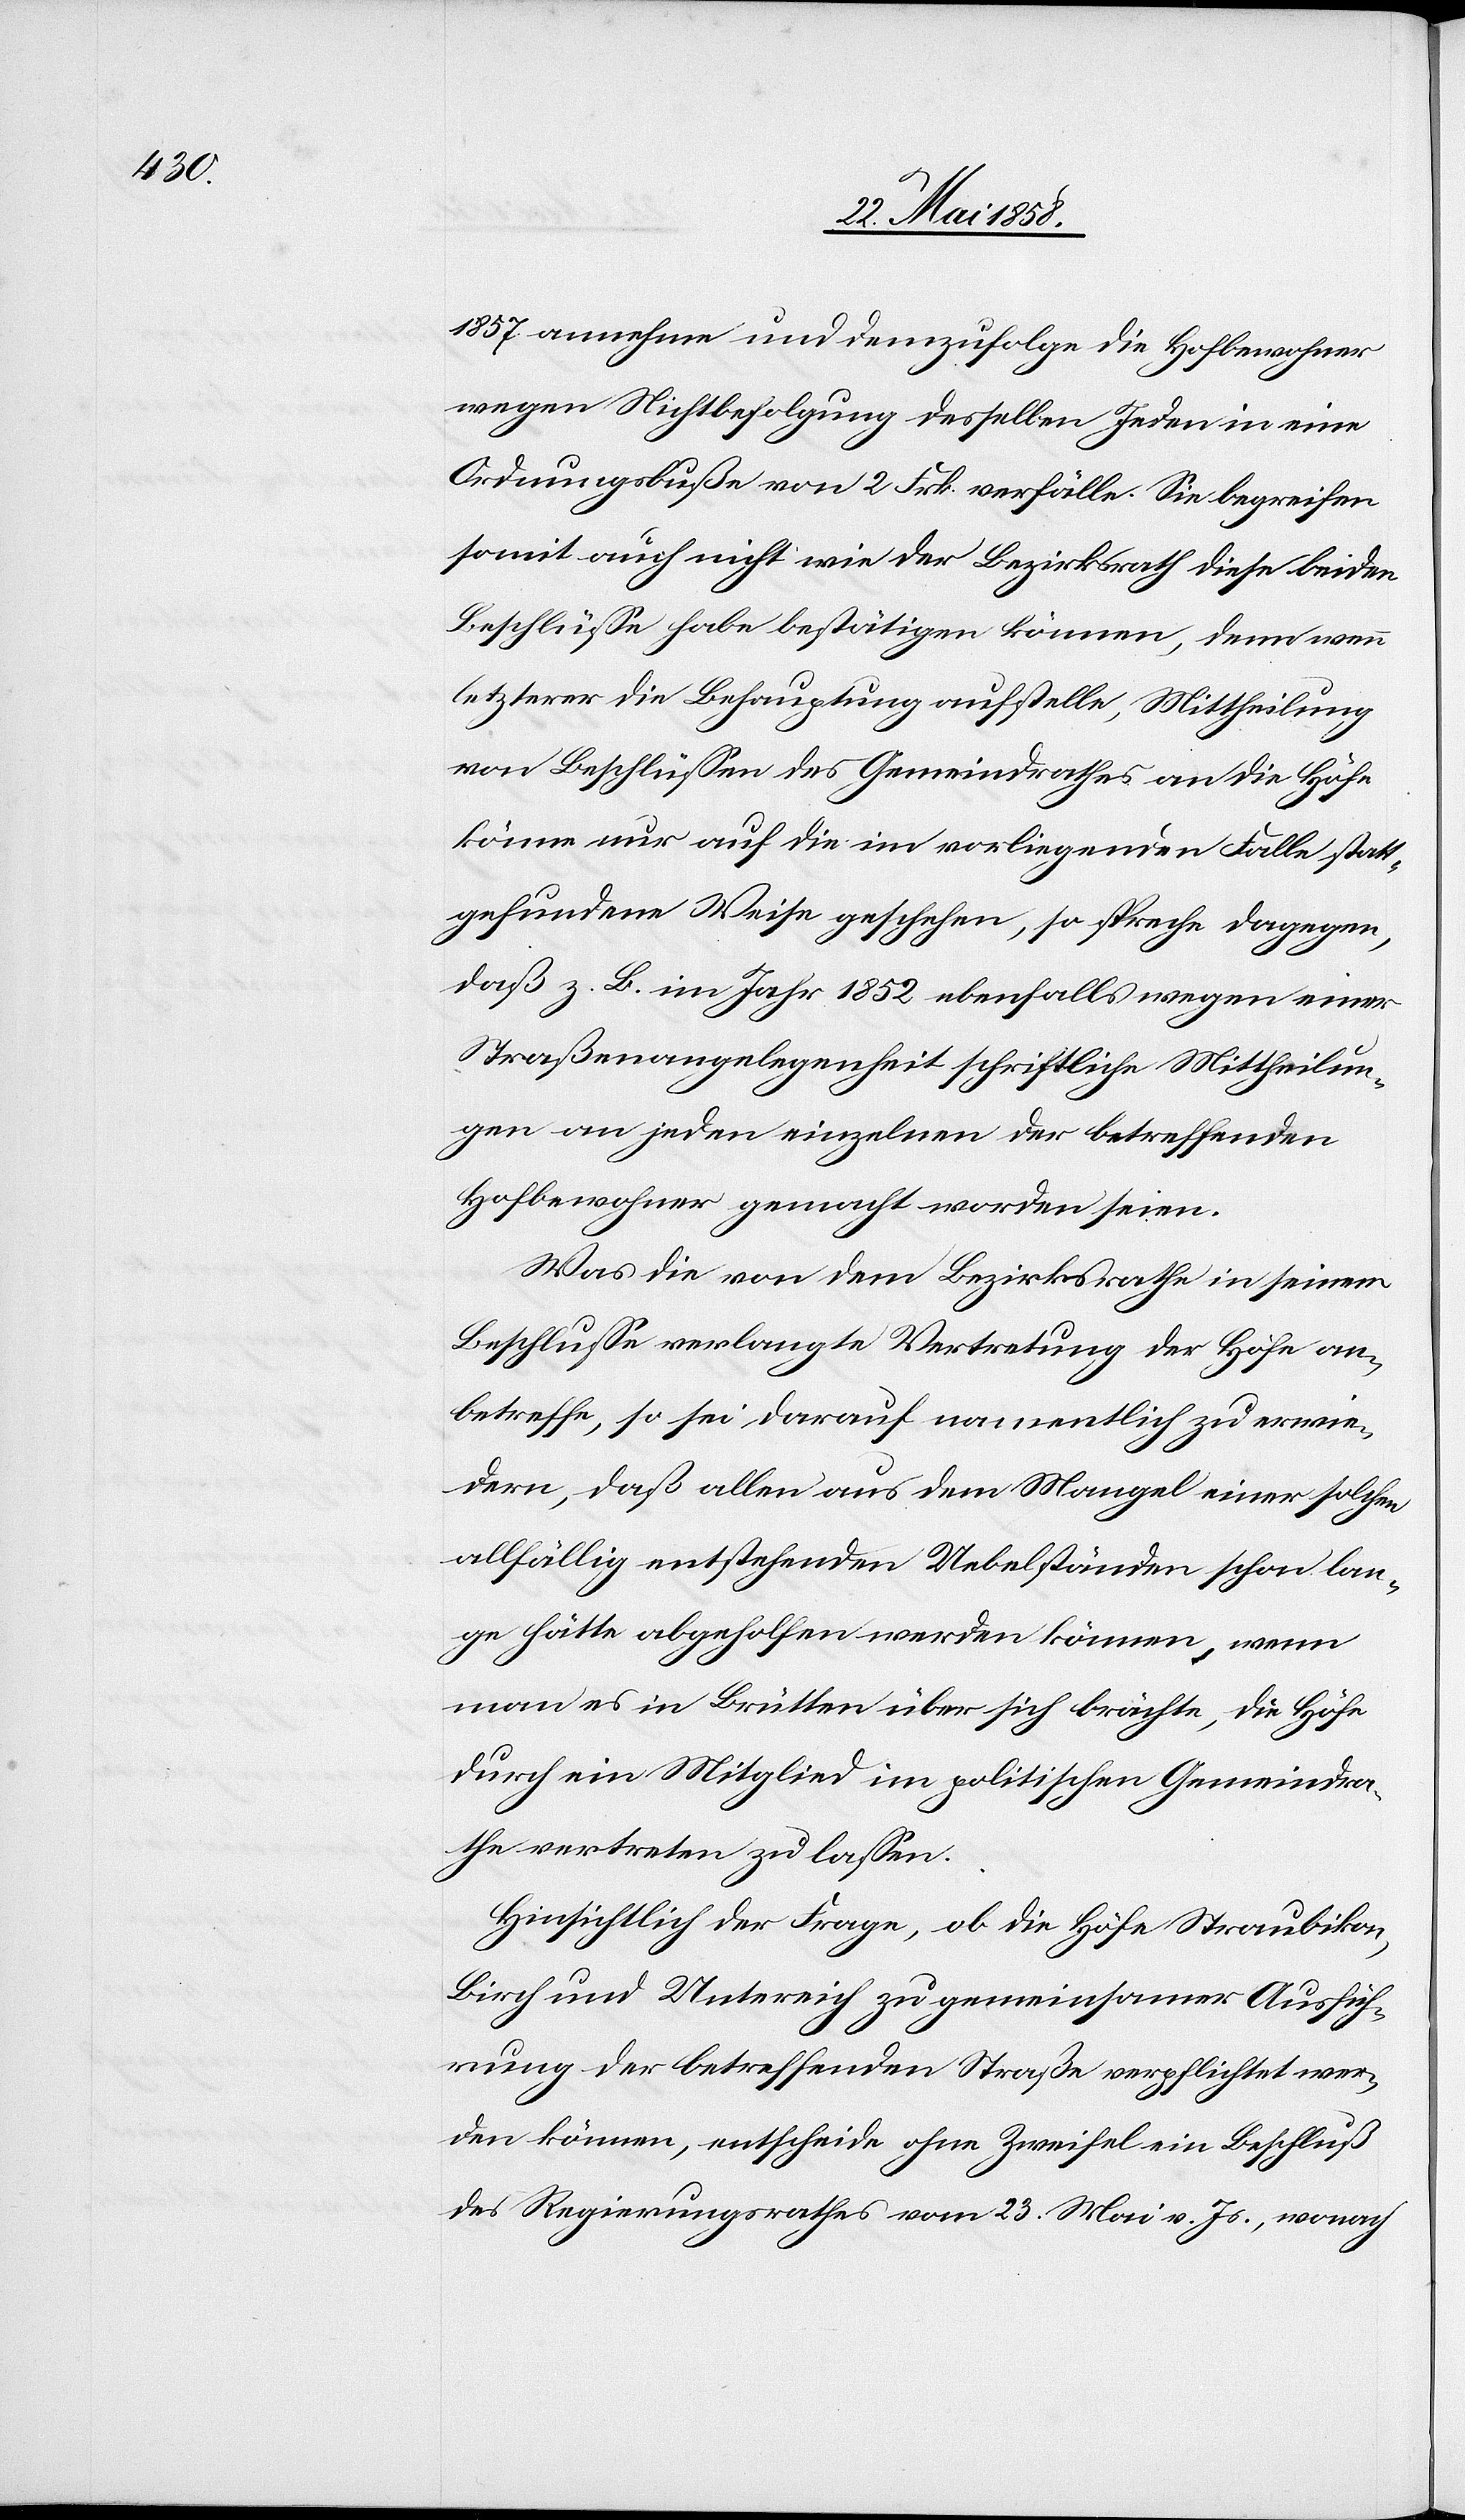
1857 annehme und demzufolge die Hofbewohner
wegen Nichtbefolgung desselben Jeden in eine
Ordnungsbuße von 2 Frk. verfälle. Sie begreifen
somit auch nicht wie der Bezirksrath diese beiden
Beschlüsse habe bestätigen können, denn wenn
letzterer die Behauptung aufstelle, Mittheilung
von Beschlüssen des Gemeindrathes an die Höfe
könne nur auf die im vorliegenden Falle statt¬
gefundene Weise geschehen, so spreche dagegen,
daß z. B. im Jahr 1852 ebenfalls wegen einer
Straßenangelegenheit schriftliche Mittheilun¬
g an jeden einzelnen der betreffenden
Hofbewohner gemacht worden seien.
Was die von dem Bezirksrathe in seinem
Beschlusse verlangte Vertretung der Höfe an¬
betreffe, so sei darauf namentlich zu erwie¬
dern, daß allen aus dem Mangel einer solchen
allfällig entstehenden Uebelständen schon lan¬
ge hätte abgeholfen werden können, wenn
man es in Brütten über sich brächte, die Höfe
durch ein Mitglied im politischen Gemeindra¬
the vertreten zu lassen.
Hinsichtlich der Frage, ob die Höfe Straubikon,
Birch und Untereich zu gemeinsamer Ausfüh¬
rung der betreffenden Straße verpflichtet wer¬
den können, entscheide ohne Zweifel ein Beschluß
des Regierungsrathes vom 23. Mai v. Js., wonach